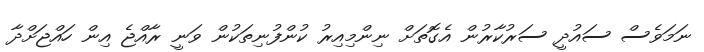
ނަމަވެސް ސައުދީ ސަރުކާރުން އެގޮތަށް ނިންމިއިރު ކުންފުނިތަކުން ވަނީ ރާއްޖެ އިން ހައްޖަށްދާ